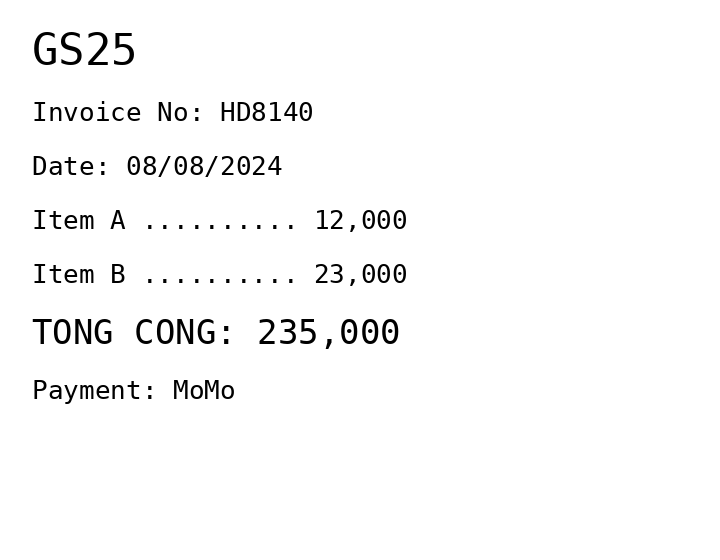
GS25
Invoice No: HD8140
Date: 08/08/2024
Item A .......... 12,000
Item B .......... 23,000
TONG CONG: 235,000
Payment: MoMo
Merchant: gs25
Date: 2024-08-08
Total: 235000
Invoice No: HD8140
Payment method: MOMO